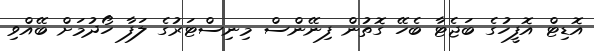
އޮޑިޓް އޮފީހުގެ ބަޖެޓާ ބެހޭ ގޮތުން ފިނޭންސް މިނިސްޓަރުގެ ލަފާ ހޯދުމަށް ބޭއްވި